Laidoner,_Johan, lk 76
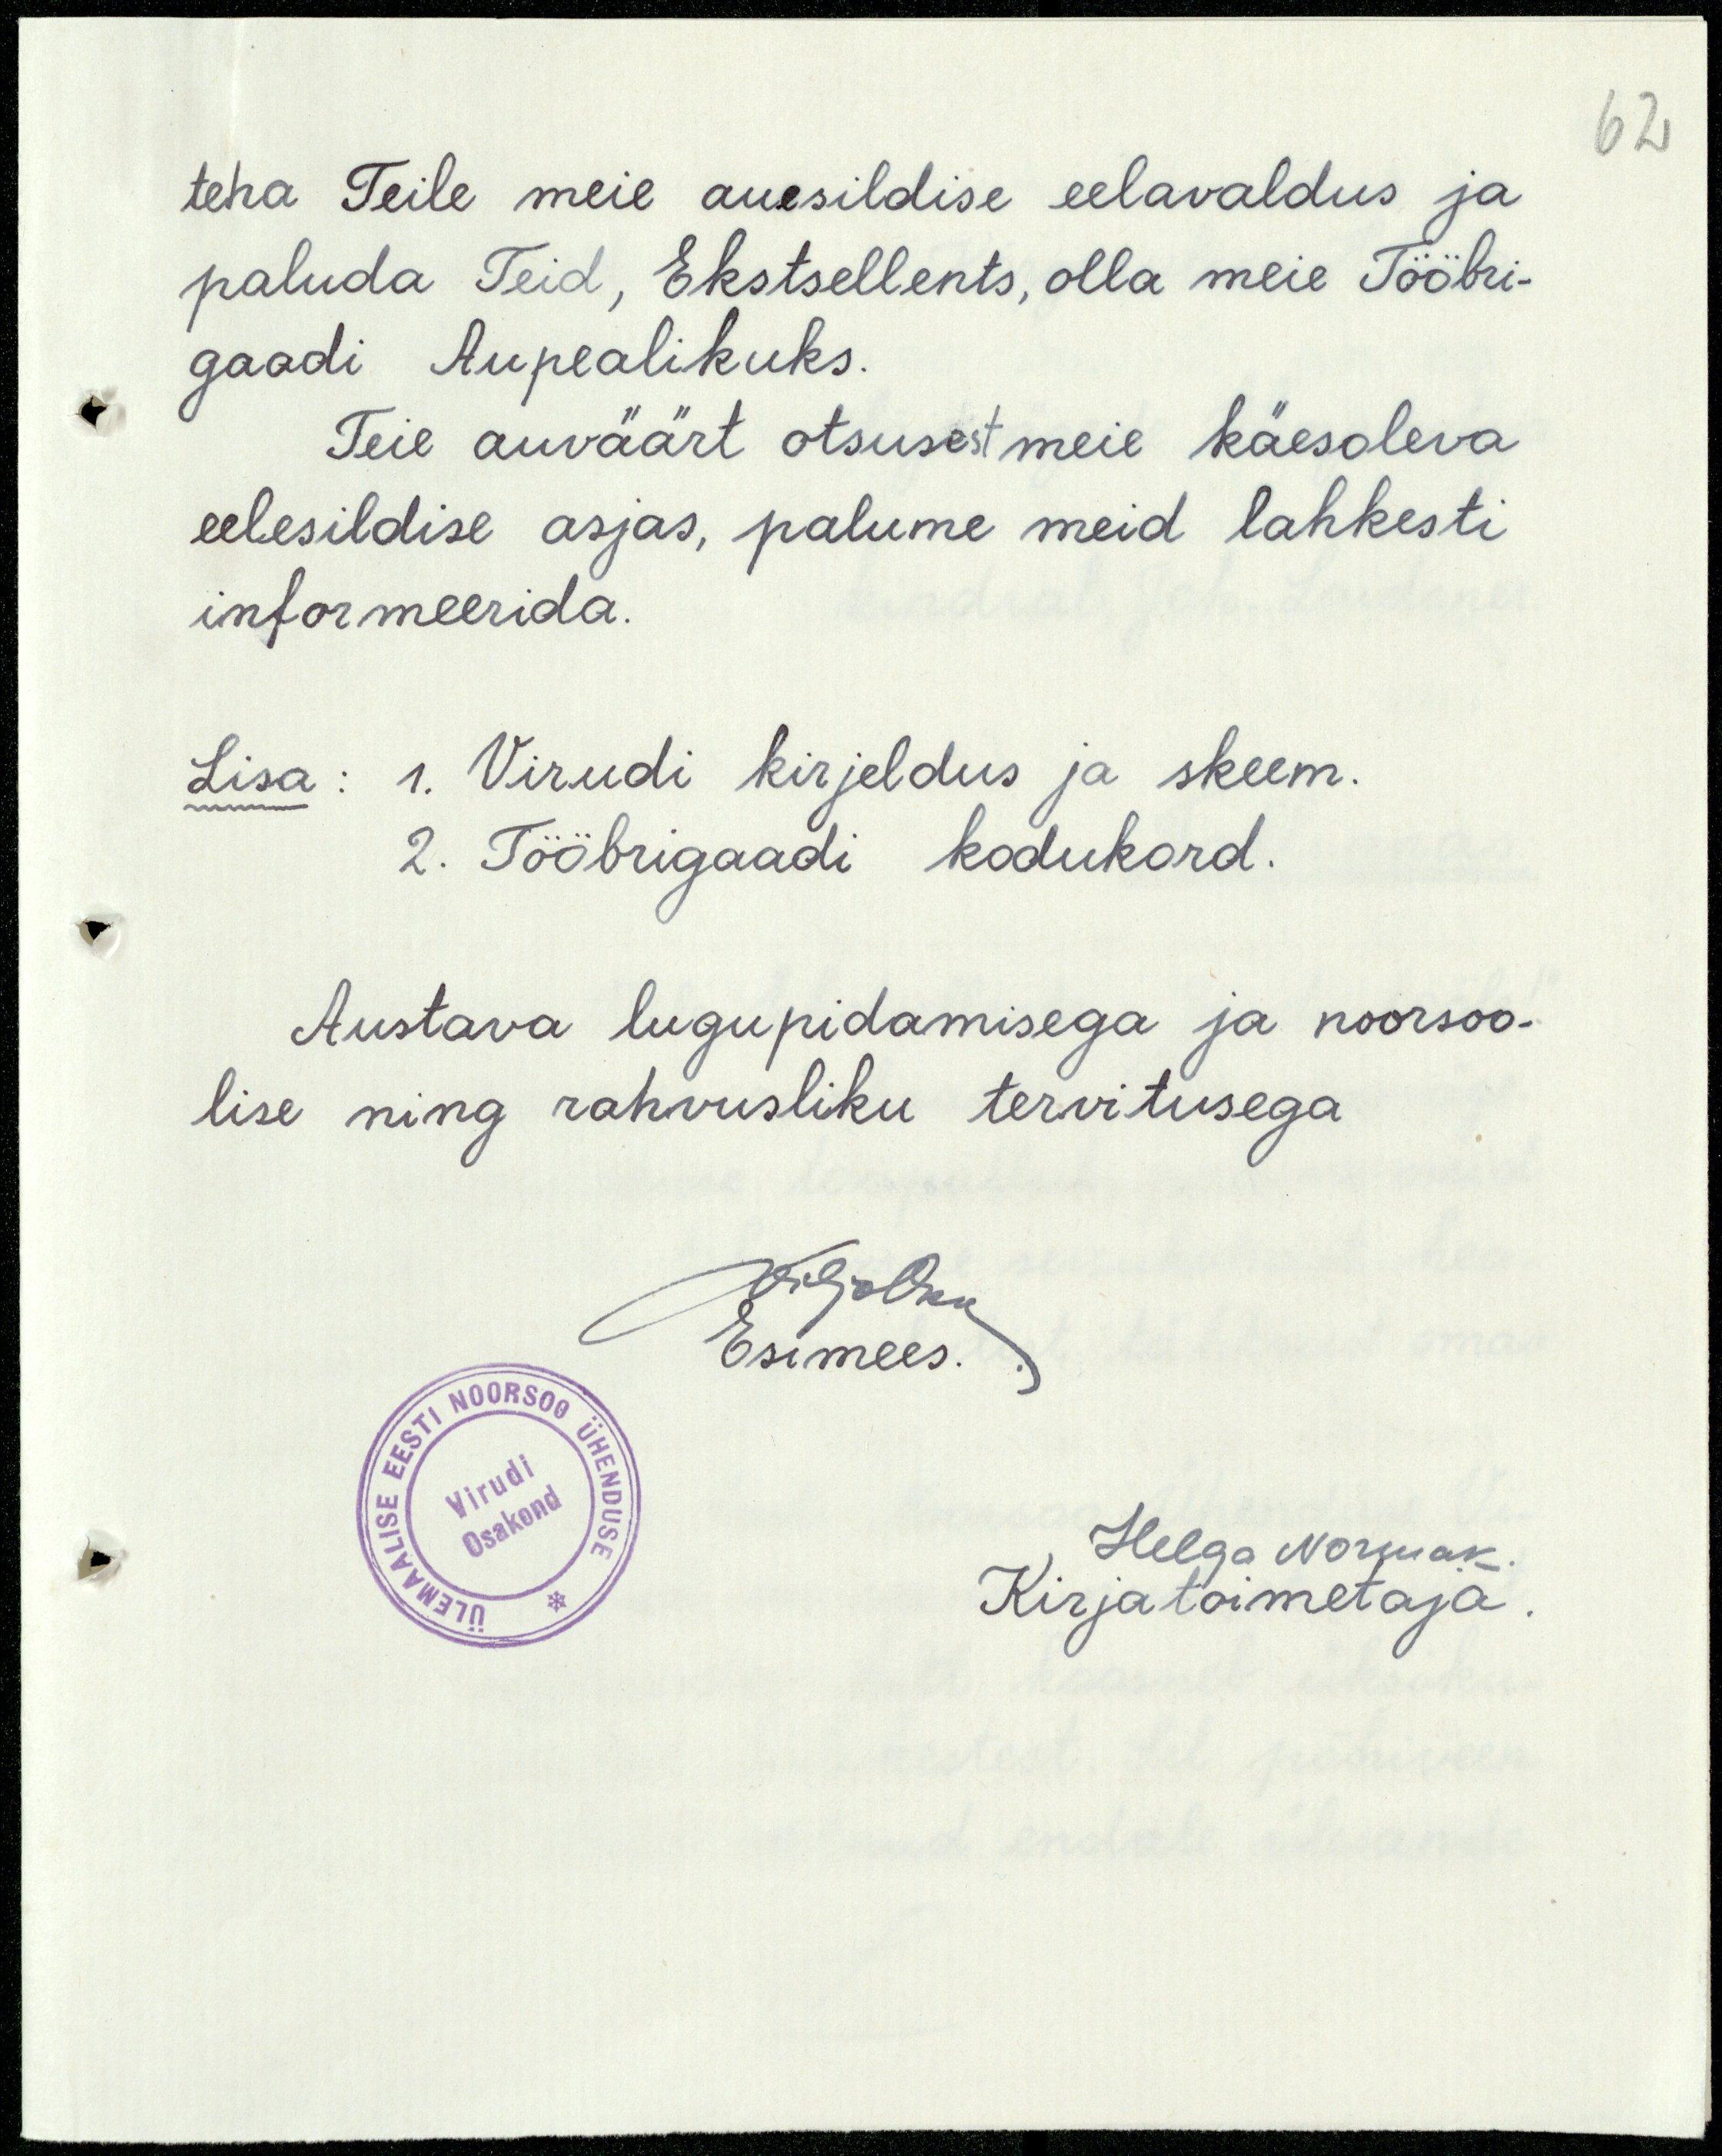
62
teha Teile meie auesildise eelavaldus ja
paluda Teid, Ekstsellents, olla meie Tööbri-
gaadi Aupealikuks.
Teie auväärt otsusest meie käesoleva
eelesildise asjas, palume meid lahkesti
informeerida.
Lisa: 1. Virudi kirjeldus ja skeem.
2. Tööbrigaadi kodukord.
Austava lugupidamisega ja noorsoo-
lise ning rahvusliku tervitusega
ViljoOkk
Esimees.
Helga Normak.
Kirjatoimetaja